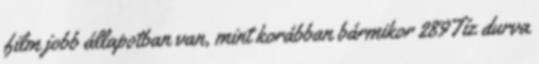
film jobb állapotban van, mint korábban bármikor 289Tíz durva